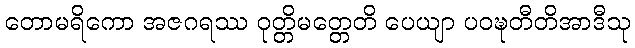
တောမရိကော အဇဂရဿ ဝုတ္တိမတ္တေတိ ပေယျာ ပဝဍ္ဎတီတိအာဒီသု